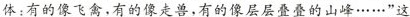
体：有的像飞禽，有的像走兽，有的像层层叠叠的山峰……”这